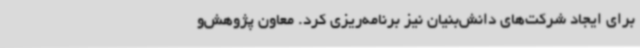
برای ایجاد شرکت‌های دانش‌بنیان نیز برنامه‌ریزی کرد. معاون پژوهش‌و